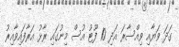
ގަދަ ވަޔާއި ވިއްސާރަ އަދި 10 ފޫޓު އުސް މިނުގައި ރާޅު އަރާފައިވާއިރު